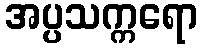
အပ္ပသက္ကရော